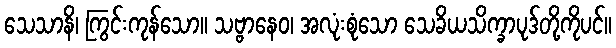
သေသာနိ၊ ကြွင်းကုန်သော။ သဗ္ဗာနေဝ၊ အလုံးစုံသော သေခိယသိက္ခာပုဒ်တို့ကိုပင်။